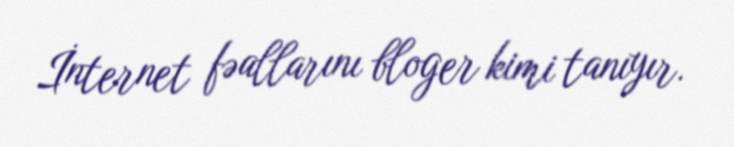
İnternet fəallarını bloger kimi tanıyır.